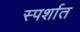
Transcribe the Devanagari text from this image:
स्पर्शात